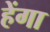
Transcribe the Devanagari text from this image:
हेंगा